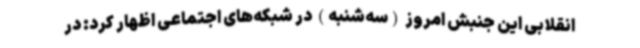
انقلابی این جنبش امروز (سه‌شنبه) در شبکه‌های اجتماعی اظهار کرد: در